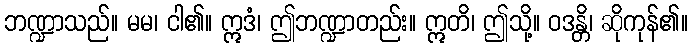
ဘဏ္ဍာသည်။ မမ၊ ငါ၏။ ဣဒံ၊ ဤဘဏ္ဍာတည်း။ ဣတိ၊ ဤသို့။ ဝဒန္တိ၊ ဆိုကုန်၏။